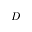
D